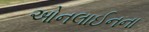
ઓનલાઈનના